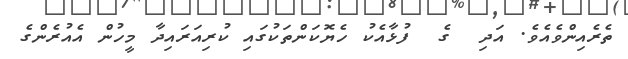
ތެރެއިންވެއެވެ. އަދި  ގެ  ފުޅާއެކު ހެޔޮކަންތަކުގައި ކުރިއަރައިދާ މީހުން އެއުރެންގެ